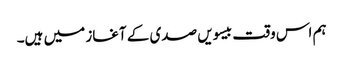
ہم اس وقت بیسویں صدی کے آغاز میں ہیں۔